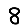
Digit: 8